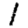
Digit: 1